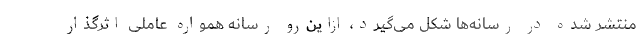
منتشر شده در رسانه‌ها شکل می‌گیرد، ازاین‌رو رسانه همواره عاملی اثرگذار